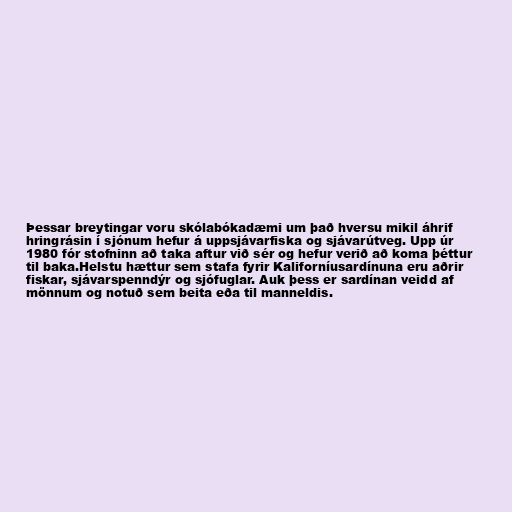
Þessar breytingar voru skólabókadæmi um það hversu mikil áhrif
hringrásin í sjónum hefur á uppsjávarfiska og sjávarútveg. Upp úr
1980 fór stofninn að taka aftur við sér og hefur verið að koma þéttur
til baka.Helstu hættur sem stafa fyrir Kaliforníusardínuna eru aðrir
fiskar, sjávarspenndýr og sjófuglar. Auk þess er sardínan veidd af
mönnum og notuð sem beita eða til manneldis.